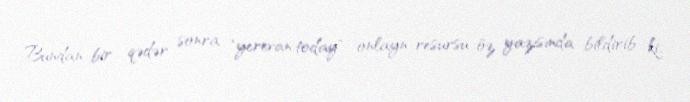
Bundan bir qədər sonra "yerevan.today" onlayn-resursu öz yazısında bildirib ki,